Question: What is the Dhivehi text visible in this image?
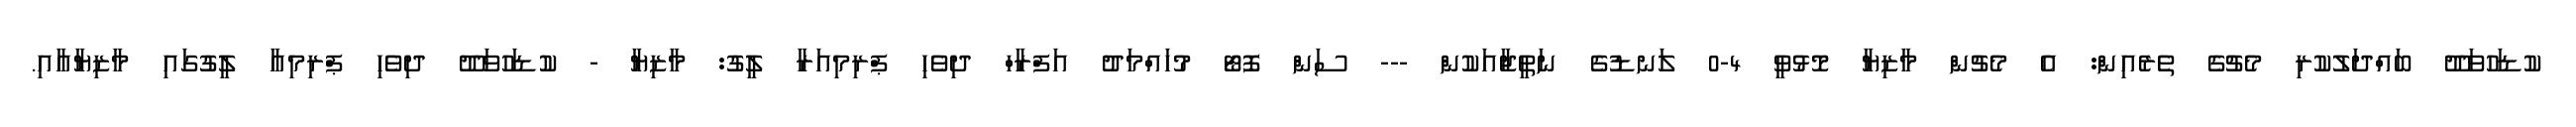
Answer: ކުޑަހުވަދޫ ބައްދަލުކުރި މެޗުގެ ތެރެއިން: އެ މެޗުން މާޒިޔާ މޮޅުވީ 4-0 ލަނޑުގެ ނަތީޖާއަކުން --- ސަން ފޮޓޯ މުހައްމަދު އަފްރާހް ދިވެހި ޕްރިމިއަރާ ލީގު: މާޒިޔާ - ކުޑަހުވަދޫ ދިވެހި ޕްރިމިއާ ލީގުގައި މާޒިޔާއާއި.